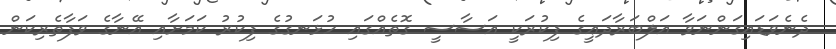
ދެނެވަޑައިގަންނަވާ އަލްބަރާދަޢީގެ ފިކުރަކީ އަސާސީ ގޮތެއްގައި ހުޅަނގުގެ ފިކުރު ކަމަށާއި އޭނާގެ ވަފާތެރިކަން